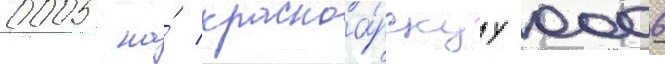
0005 на́ красноа́рскуу 0006